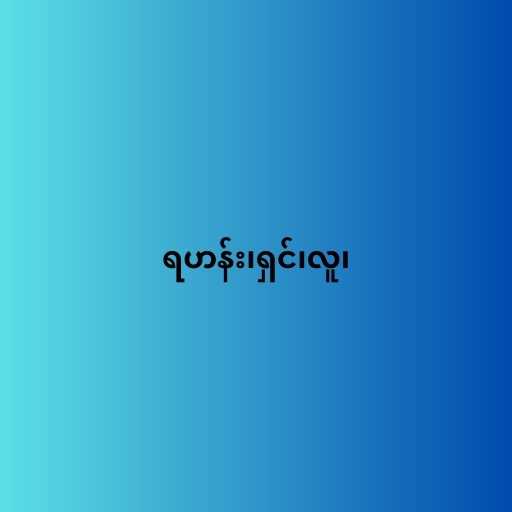
ရဟန်း၊ရှင်၊လူ၊